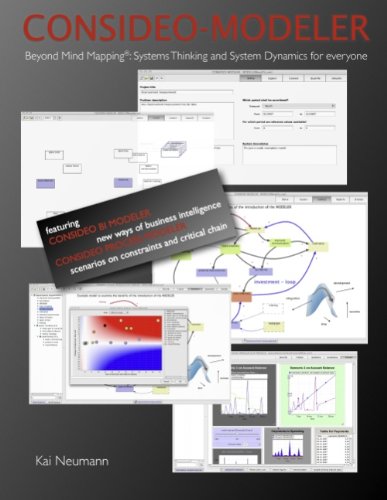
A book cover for CONSIDEO MODELER - Beyond Mind Mapping: Systems Thinking and System Dynamics for everyone; Kai Neumann; Business & Money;